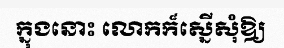
ក្នុងនោះ លោកក៏ស្នើសុំឱ្យ